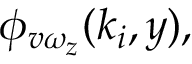
\phi _ { v \omega _ { z } } ( k _ { i } , y ) ,